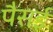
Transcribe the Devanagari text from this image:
पैसई